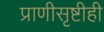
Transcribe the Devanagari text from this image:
प्राणीसृष्टीही